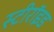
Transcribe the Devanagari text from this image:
स्टीरॉइड